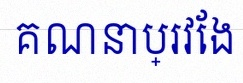
គណនាប្រវែង